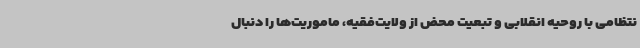
نتظامی با روحیه انقلابی و تبعیت محض از ولایت‌فقیه، ماموریت‌ها را دنبال